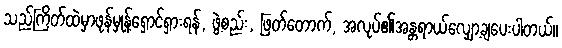
သည်ကြိတ်ထဲမှာဖုန်မှုန့်ရှောင်ရှားရန်, ဖွဲ့စည်း, ဖြတ်တောက်, အလုပ်၏အန္တရာယ်လျှော့ချပေးပါတယ်။